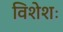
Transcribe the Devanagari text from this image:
विशेशः